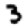
Digit: 3